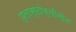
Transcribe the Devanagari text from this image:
प्लास्टोक्वीनोन